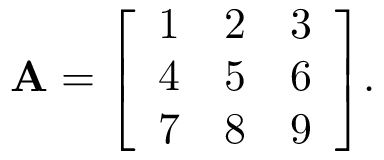
\mathbf { A } = { \left[ \begin{array} { l l l } { 1 } & { 2 } & { 3 } \\ { 4 } & { 5 } & { 6 } \\ { 7 } & { 8 } & { 9 } \end{array} \right] } .